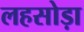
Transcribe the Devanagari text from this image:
लहसोड़ा